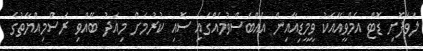
ލަވަފޮށި ޑޮޓް އެމްވީއާއެކު ވީމީޑިއާއިން އެއްބަސްވުމެއްގައި ސޮއި ކުރުމަށް މިއަދު ބޭއްވި ރަސްމިއްޔާތުގެ